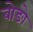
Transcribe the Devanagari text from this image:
बोङो